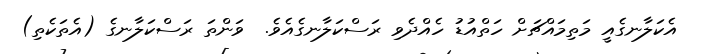
އެކަލާނގެއީ މަތިމައްޗަށް ހަތްއުޑު ހެއްދެވި ރަސްކަލާނގެއެވެ.  ވަންތަ ރަސްކަލާނގެ (އެތަކެތި)